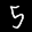
Label: 5